Indian journal of veterinary science and animal husbandry - Volume 2,
Year: 1932
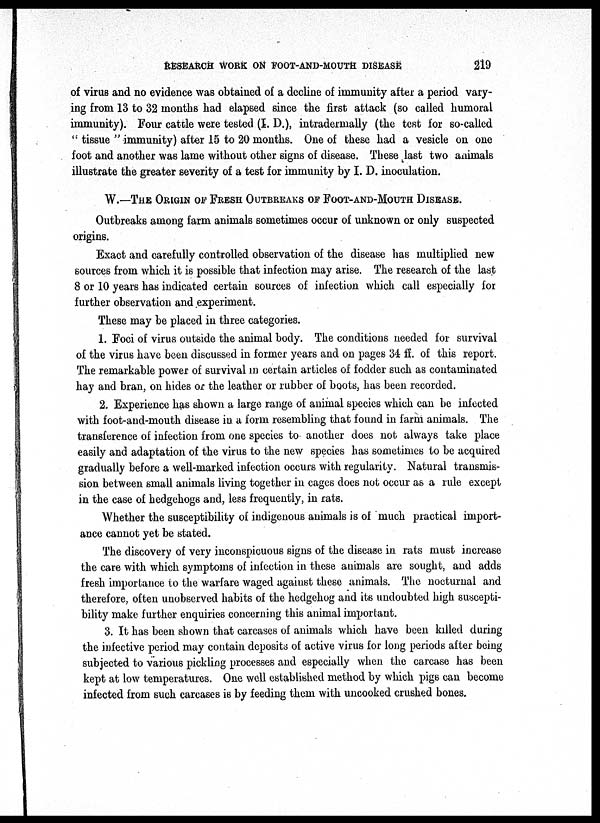
RESEARCH WORK ON FOOT-AND-MOUTH DISEASE
219
of virus and no evidence was obtained of a decline of immunity after a period vary-
ing from 13 to 32 months had elapsed since the first attack (so called humoral
immunity). Four cattle were tested (I. D.), intradermally (the test for so-called
" tissue " immunity) after 15 to 20 months. One of these had a vesicle on one
foot and another was lame without other signs of disease. These last two animals
illustrate the greater severity of a test for immunity by I. D. inoculation.
W.—THE ORIGIN OF FRESH OUTBREAKS OF FOOT-AND-MOUTH DISEASE.
Outbreaks among farm animals sometimes occur of unknown or only suspected
origins.
Exact and carefully controlled observation of the disease has multiplied new
sources from which it is possible that infection may arise. The research of the last
8 or 10 years has indicated certain sources of infection which call especially for
further observation and experiment.
These may be placed in three categories.
1. Foci of virus outside the animal body. The conditions needed for survival
of the virus have been discussed in former years and on pages 34 ff. of this report.
The remarkable power of survival in certain articles of fodder such as contaminated
hay and bran, on hides or the leather or rubber of boots, has been recorded.
2. Experience has shown a large range of animal species which can be infected
with foot-and-mouth disease in a form resembling that found in farm animals. The
transference of infection from one species to another does not always take place
easily and adaptation of the virus to the new species has sometimes to be acquired
gradually before a well-marked infection occurs with regularity. Natural transmis-
sion between small animals living together in cages does not occur as a rule except
in the case of hedgehogs and, less frequently, in rats.
Whether the susceptibility of indigenous animals is of much practical import-
ance cannot yet be stated.
The discovery of very inconspicuous signs of the disease in rats must increase
the care with which symptoms of infection in these animals are sought, and adds
fresh importance to the warfare waged against these animals. The nocturnal and
therefore, often unobserved habits of the hedgehog and its undoubted high suscepti-
bility make further enquiries concerning this animal important.
3. It has been shown that carcases of animals which have been killed during
the infective period may contain deposits of active virus for long periods after being
subjected to various pickling processes and especially when the carcase has been
kept at low temperatures. One well established method by which pigs can become
infected from such carcases is by feeding them with uncooked crushed bones.